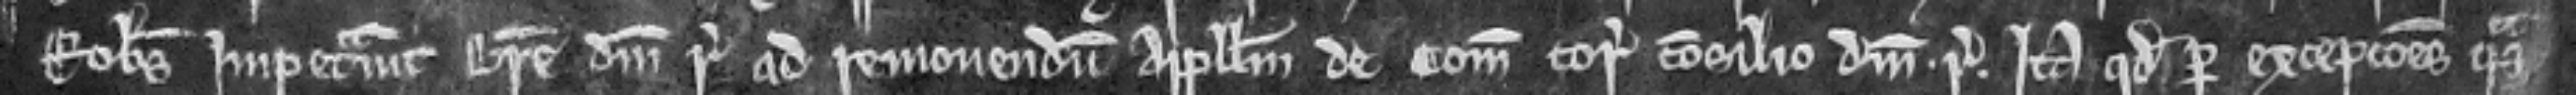
Robertus impetravit breve domini regis ad removendum appellum de comitatu coram consilio domini regis Ita quod per excepciones quas